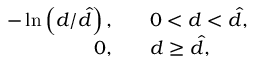
\begin{array} { r l } { - \ln \left( d / \hat { d } \right) , \quad } & { { } 0 < d < \hat { d } , } \\ { 0 , \quad } & { { } d \geq \hat { d } , } \end{array}